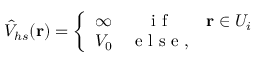
\hat { V } _ { h s } ( \mathbf { r } ) = \left\{ \begin{array} { l c c } { \infty } & { \mathrm { ~ i ~ f ~ } } & { \mathbf { r } \in U _ { i } } \\ { V _ { 0 } } & { \mathrm { ~ e ~ l ~ s ~ e ~ } , } \end{array} \right.